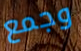
وجمع